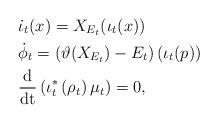
LaTeX: \begin{align*}&\dot{\iota}_t(x)=X_{E_t}(\iota_t(x))\\&\dot{\phi}_t=\left(\vartheta(X_{E_t})-E_t\right)(\iota_t(p))\\&\frac{\rm{d}}{\rm{d}t}\left(\iota_t^*\left(\rho_t\right)\mu_t\right)=0,\end{align*}